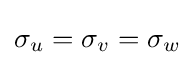
\sigma _{u}=\sigma _{v}=\sigma _{w}